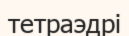
тетраэдрі